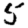
Digit: 5